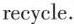
recycle.